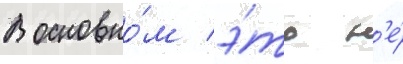
В основно́м э́то н'е́